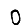
Digit: 0